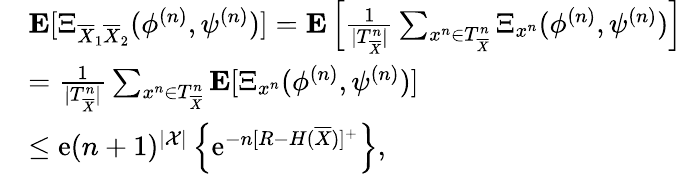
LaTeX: \begin{array}{rl}&{{\mathbf E}[\Xi_{\overline{{X}}_{1}\overline{{X}}_{2}}(\phi^{(n)},\psi^{(n)})]={\mathbf E}\left[\frac{1}{|T_{\overline{{X}}}^{n}|}\sum_{{{x}^{n}}\in T_{\overline{{X}}}^{n}}\Xi_{{{{x}^{n}}}}(\phi^{(n)},\psi^{(n)})\right]}\\ &{=\frac{1}{|T_{\overline{{X}}}^{n}|}\sum_{{{x}^{n}}\in T_{\overline{{X}}}^{n}}{\mathbf E}[\Xi_{{{x}^{n}}}(\phi^{(n)},\psi^{(n)})]}\\ &{\leq\mathrm{e}(n+1)^{|{\cal X}|}\left\{ \mathrm{e}^{-n[R-H(\overline{{X}})]^{+}}\right\} ,}\end{array}